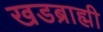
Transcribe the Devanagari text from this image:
खडब्राह्मी